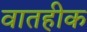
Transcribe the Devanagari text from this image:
वातहीक